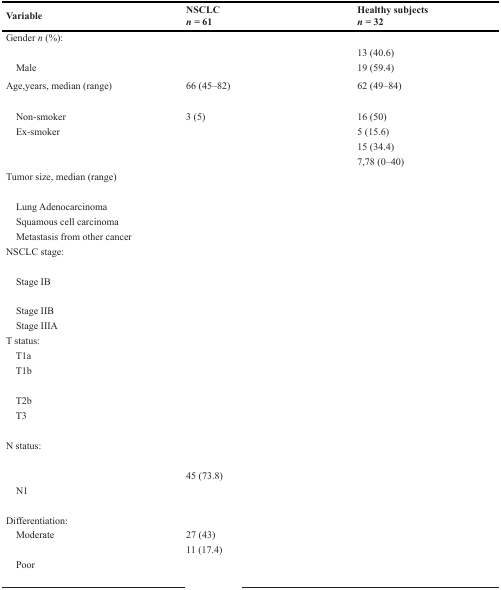
<table><thead><tr><td><b>Variable</b></td><td><b>NSCLC <i>n</i> = 61</b></td><td><b>Healthy subjects <i>n</i> = 32</b></td></tr></thead><tbody><tr><td>Gender <i>n</i> (%):</td><td>[EMPTY_CELL]</td><td>[EMPTY_CELL]</td></tr><tr><td>[EMPTY_CELL]</td><td>[EMPTY_CELL]</td><td>13 (40.6)</td></tr><tr><td> Male</td><td>[EMPTY_CELL]</td><td>19 (59.4)</td></tr><tr><td>Age,years, median (range)</td><td>66 (45–82)</td><td>62 (49–84)</td></tr><tr><td>[EMPTY_CELL]</td><td>[EMPTY_CELL]</td><td>[EMPTY_CELL]</td></tr><tr><td> Non-smoker</td><td>3 (5)</td><td>16 (50)</td></tr><tr><td> Ex-smoker</td><td>[EMPTY_CELL]</td><td>5 (15.6)</td></tr><tr><td>[EMPTY_CELL]</td><td>[EMPTY_CELL]</td><td>15 (34.4)</td></tr><tr><td>[EMPTY_CELL]</td><td>[EMPTY_CELL]</td><td>7,78 (0–40)</td></tr><tr><td>Tumor size, median (range)</td><td>[EMPTY_CELL]</td><td>[EMPTY_CELL]</td></tr><tr><td>[EMPTY_CELL]</td><td>[EMPTY_CELL]</td><td>[EMPTY_CELL]</td></tr><tr><td> Lung Adenocarcinoma</td><td>[EMPTY_CELL]</td><td>[EMPTY_CELL]</td></tr><tr><td> Squamous cell carcinoma</td><td>[EMPTY_CELL]</td><td>[EMPTY_CELL]</td></tr><tr><td> Metastasis from other cancer</td><td>[EMPTY_CELL]</td><td>[EMPTY_CELL]</td></tr><tr><td>NSCLC stage:</td><td>[EMPTY_CELL]</td><td>[EMPTY_CELL]</td></tr><tr><td>[EMPTY_CELL]</td><td>[EMPTY_CELL]</td><td>[EMPTY_CELL]</td></tr><tr><td> Stage IB</td><td>[EMPTY_CELL]</td><td>[EMPTY_CELL]</td></tr><tr><td>[EMPTY_CELL]</td><td>[EMPTY_CELL]</td><td>[EMPTY_CELL]</td></tr><tr><td> Stage IIB</td><td>[EMPTY_CELL]</td><td>[EMPTY_CELL]</td></tr><tr><td> Stage IIIA</td><td>[EMPTY_CELL]</td><td>[EMPTY_CELL]</td></tr><tr><td>T status:</td><td>[EMPTY_CELL]</td><td>[EMPTY_CELL]</td></tr><tr><td> T1a</td><td>[EMPTY_CELL]</td><td>[EMPTY_CELL]</td></tr><tr><td> T1b</td><td>[EMPTY_CELL]</td><td>[EMPTY_CELL]</td></tr><tr><td>[EMPTY_CELL]</td><td>[EMPTY_CELL]</td><td>[EMPTY_CELL]</td></tr><tr><td> T2b</td><td>[EMPTY_CELL]</td><td>[EMPTY_CELL]</td></tr><tr><td> T3</td><td>[EMPTY_CELL]</td><td>[EMPTY_CELL]</td></tr><tr><td>[EMPTY_CELL]</td><td>[EMPTY_CELL]</td><td>[EMPTY_CELL]</td></tr><tr><td>N status:</td><td>[EMPTY_CELL]</td><td>[EMPTY_CELL]</td></tr><tr><td>[EMPTY_CELL]</td><td>[EMPTY_CELL]</td><td>[EMPTY_CELL]</td></tr><tr><td>[EMPTY_CELL]</td><td>45 (73.8)</td><td>[EMPTY_CELL]</td></tr><tr><td> N1</td><td>[EMPTY_CELL]</td><td>[EMPTY_CELL]</td></tr><tr><td>[EMPTY_CELL]</td><td>[EMPTY_CELL]</td><td>[EMPTY_CELL]</td></tr><tr><td>Differentiation:</td><td>[EMPTY_CELL]</td><td>[EMPTY_CELL]</td></tr><tr><td> Moderate</td><td>27 (43)</td><td>[EMPTY_CELL]</td></tr><tr><td>[EMPTY_CELL]</td><td>11 (17.4)</td><td>[EMPTY_CELL]</td></tr><tr><td> Poor</td><td>[EMPTY_CELL]</td><td>[EMPTY_CELL]</td></tr><tr><td>[EMPTY_CELL]</td><td>[EMPTY_CELL]</td><td>[EMPTY_CELL]</td></tr></tbody></table>